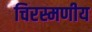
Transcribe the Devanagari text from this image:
चिरस्मणीय